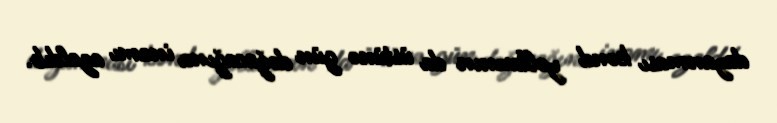
dayanması kənd yollarının da üstünə gün doğacağına inamı azaldıb.